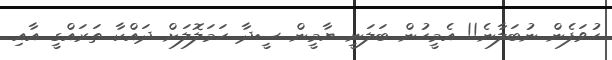
ހުވަފެން ނުބަލާނެ!! އެމީހުން ބަލަނީ ޔާމީން ސީދާ ހަމަލޮލަށް ދައްކާ ތަރައްގީ އާއި